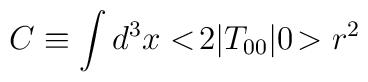
C \equiv \int d^3x <\!2|T_{00}|0\!> r^2